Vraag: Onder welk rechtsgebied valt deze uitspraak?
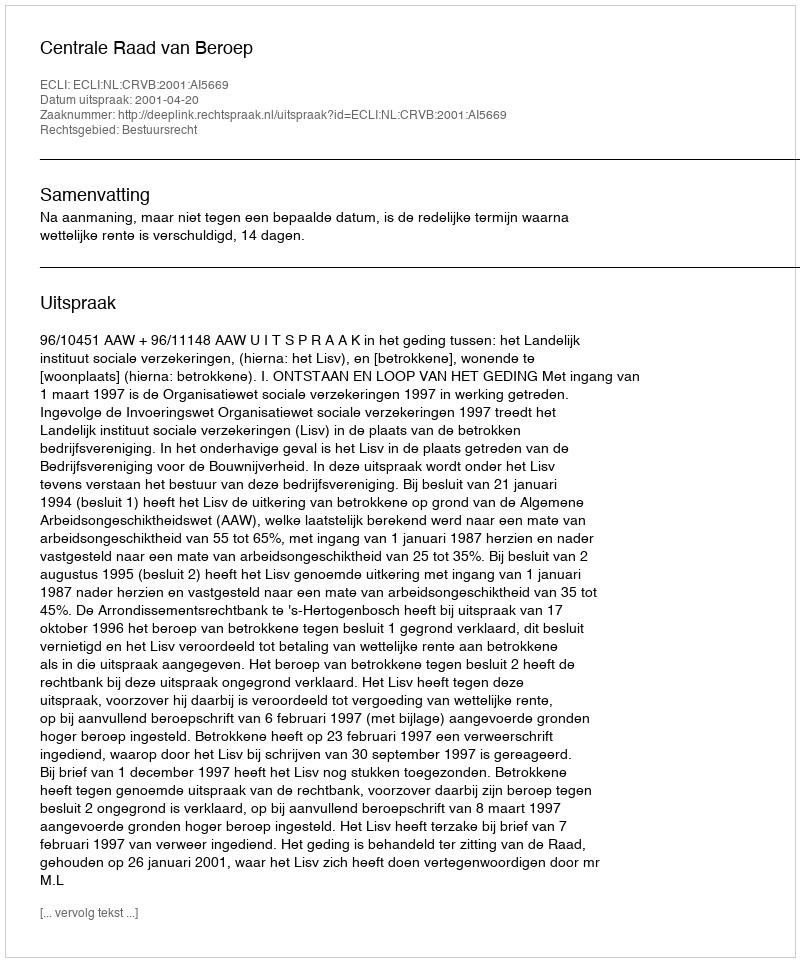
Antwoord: Bestuursrecht